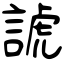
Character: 諕